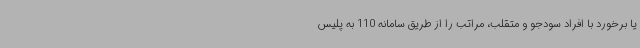
یا برخورد با افراد سودجو و متقلب، مراتب را از طریق سامانه 110 به پلیس